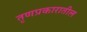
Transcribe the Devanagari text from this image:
तृणप्रकारातील